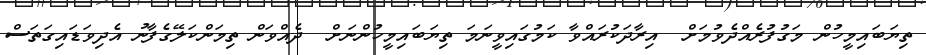
ތިޔަބައިމީހުން މަގުފުރެއްދެވުމަށް  އިރާދަކުރައްވާ ކަމުގައިވީނަމަ ތިޔަބައިމީހުންނަށް  ދެއްވަން ތިމަންކަލޭގެފާނު އެދިވަޑައިގަތަސް